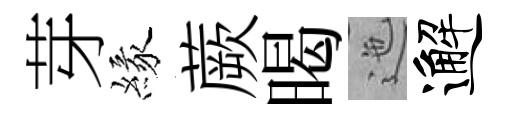
芽緣蕨暍迤邂